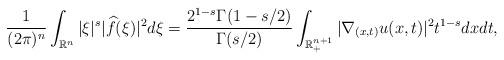
LaTeX: \begin{align*} \frac{1}{(2\pi)^n}\int_{\mathbb{R}^n} |\xi|^{s}|\widehat{f}(\xi)|^2d\xi =\frac{2^{1-s}\Gamma(1-s/2)}{\Gamma ({s}/{2})}\int_{\mathbb{R}^{n+1}_{+}}|\nabla_{(x,t)} u(x,t)|^2t^{1-s}dxdt, \end{align*}